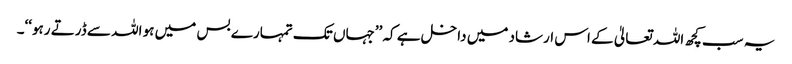
یہ سب کچھ اللہ تعالیٰ کے اس ارشاد میں داخل ہے کہ ’’جہاں تک تمہارے بس میں ہو اللہ سے ڈرتے رہو‘‘۔